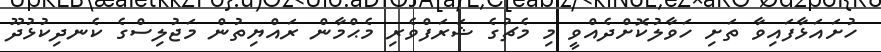
ހުށައަޅާފައިވާ ތަށި ހަވާލުކޮށްދެއްވީ މި މެޗުގެ ޝަރަފްވެރި މެޙްމާން ރައްޔިތުން މަޖުލިސްގެ ކެނދިކުޅުދޫ